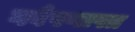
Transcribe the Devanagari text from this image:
गवेषणापत्र